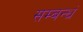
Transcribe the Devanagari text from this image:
सम्बन्धं